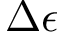
\Delta \epsilon